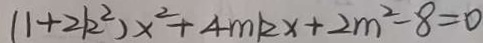
( 1 + 2 k ^ { 2 } ) x ^ { 2 } + 4 m k x + 2 m ^ { 2 } - 8 = 0